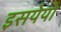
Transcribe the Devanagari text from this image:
इसयेयो